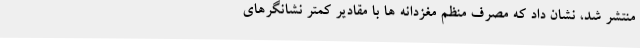
منتشر شد، نشان داد که مصرف منظم مغزدانه ها با مقادیر کمتر نشانگرهای